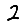
Digit: 2